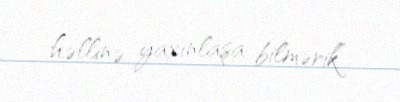
həllinə yaxınlaşa bilmərik”.